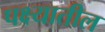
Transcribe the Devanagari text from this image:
पक्ष्यातील